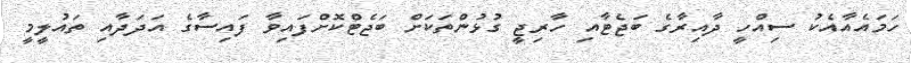
ހަމައެއާއެކު ސިއްހީ ދާއިރާގެ ބަޖެޓާއި ހާރިޖީ ގުޅުންތަކަށް ބަޖެޓްކޮށްފައިވާ ފައިސާގެ އަދަދާއި ތައުލީމީ